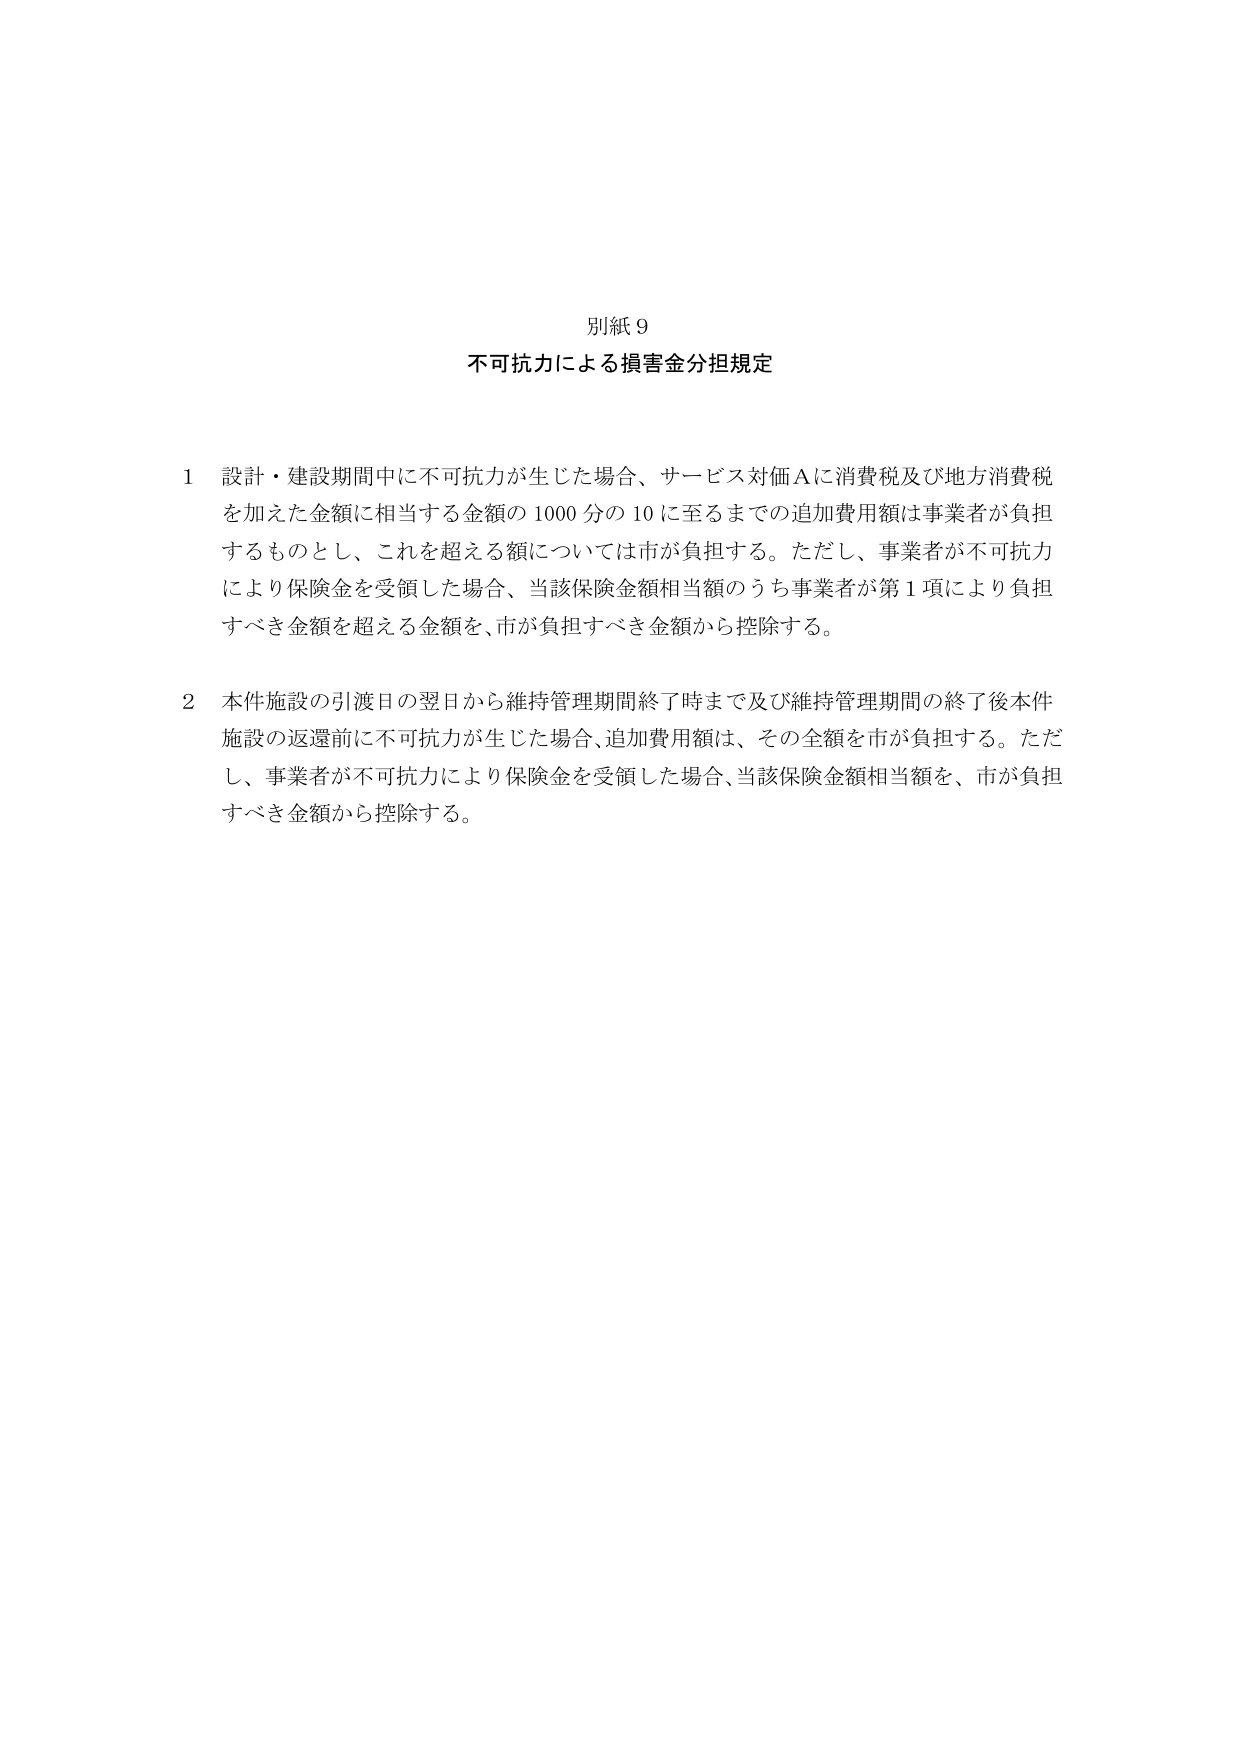
別紙９
不可抗力による損害金分担規定

１ 設計・建設期間中に不可抗力が生じた場合、サービス対価Ａに消費税及び地方消費税を加えた金額に相当する金額の1000分の10に至るまでの追加費用額は事業者が負担するものとし、これを超える額については市が負担する。ただし、事業者が不可抗力により保険金を受領した場合、当該保険金額相当額のうち事業者が第１項により負担すべき金額を超える金額を、市が負担すべき金額から控除する。

２ 本件施設の引渡日の翌日から維持管理期間終了時まで及び維持管理期間の終了後本件施設の返還前に不可抗力が生じた場合、追加費用額は、その全額を市が負担する。ただし、事業者が不可抗力により保険金を受領した場合、当該保険金額相当額を、市が負担すべき金額から控除する。